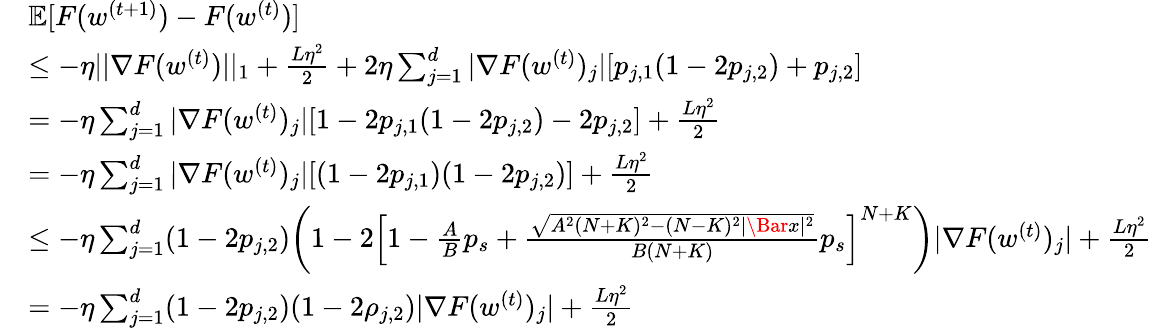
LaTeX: \begin{array}{rl}&{\mathbb{E}[F(w^{(t+1)})-F(w^{(t)})]}\\ &{\leq-\eta||\nabla F(w^{(t)})||_{1}+\frac{L\eta^{2}}{2}+2\eta\sum_{j=1}^{d}|\nabla F(w^{(t)})_{j}|[p_{j,1}(1-2p_{j,2})+p_{j,2}]}\\ &{=-\eta\sum_{j=1}^{d}|\nabla F(w^{(t)})_{j}|[1-2p_{j,1}(1-2p_{j,2})-2p_{j,2}]+\frac{L\eta^{2}}{2}}\\ &{=-\eta\sum_{j=1}^{d}|\nabla F(w^{(t)})_{j}|[(1-2p_{j,1})(1-2p_{j,2})]+\frac{L\eta^{2}}{2}}\\ &{\leq-\eta\sum_{j=1}^{d}(1-2p_{j,2})\bigg(1-2\left[1-\frac{A}{B}p_{s}+\frac{\sqrt{A^{2}(N+K)^{2}-(N-K)^{2}|\Bar{x}|^{2}}}{B(N+K)}p_{s}\right]^{N+K}\bigg)|\nabla F(w^{(t)})_{j}|+\frac{L\eta^{2}}{2}}\\ &{=-\eta\sum_{j=1}^{d}(1-2p_{j,2})(1-2\rho_{j,2})|\nabla F(w^{(t)})_{j}|+\frac{L\eta^{2}}{2}}\end{array}